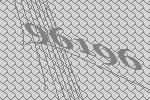
96196